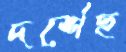
দর্শেছ